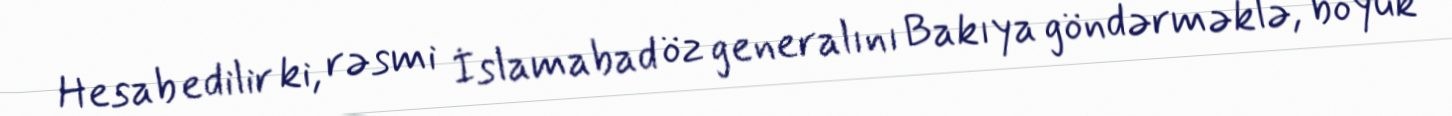
Hesab edilir ki, rəsmi İslamabad öz generalını Bakıya göndərməklə, böyük